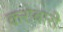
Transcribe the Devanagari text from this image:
करोबारी